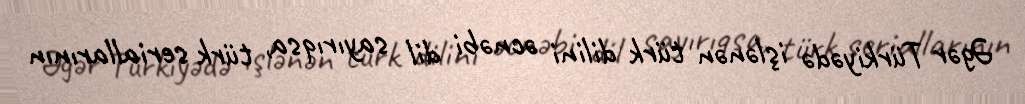
Əgər Türkiyədə işlənən türk dilini əcnəbi dil sayırıqsa, türk seriallarının